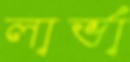
লার্ভা